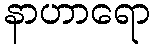
နာဟာရော